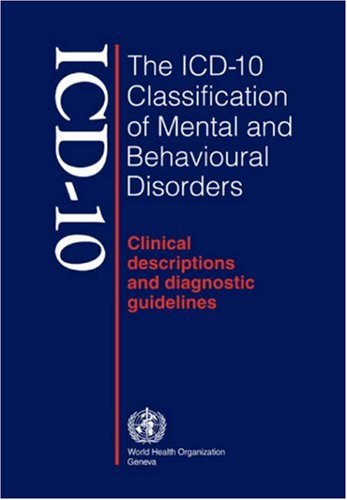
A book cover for The ICD-10 Classification of Mental and Behavioural Disorders: Clinical Descriptions and Diagnostic Guidelines; World Health Organization; Medical Books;